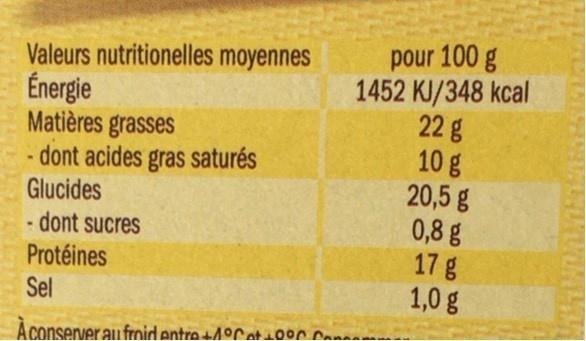
Valeurs nutritionelles moyennes Énergie Matières grasses - dont acides gras saturés Glucides - dont sucres Protéines
pour 100 g 1452 KJ/348 kcal 22g 10 g 20,5 g 0,8 g 17g 1,0 g
Sel
A conserver au froid entre+49Cat100n Canna